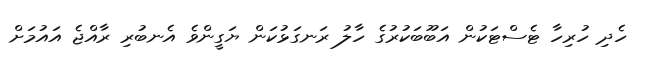
ހެދި ހުރިހާ ޓެސްޓަކުން އަބޫބަކުރުގެ ހާލު ރަނގަޅުކަން ޔަގީންވެ އެނބުރި ރާއްޖެ އައުމަށް